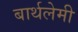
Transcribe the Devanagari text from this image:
बार्थलेमी